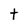
Character: t